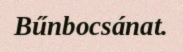
Bűnbocsánat.